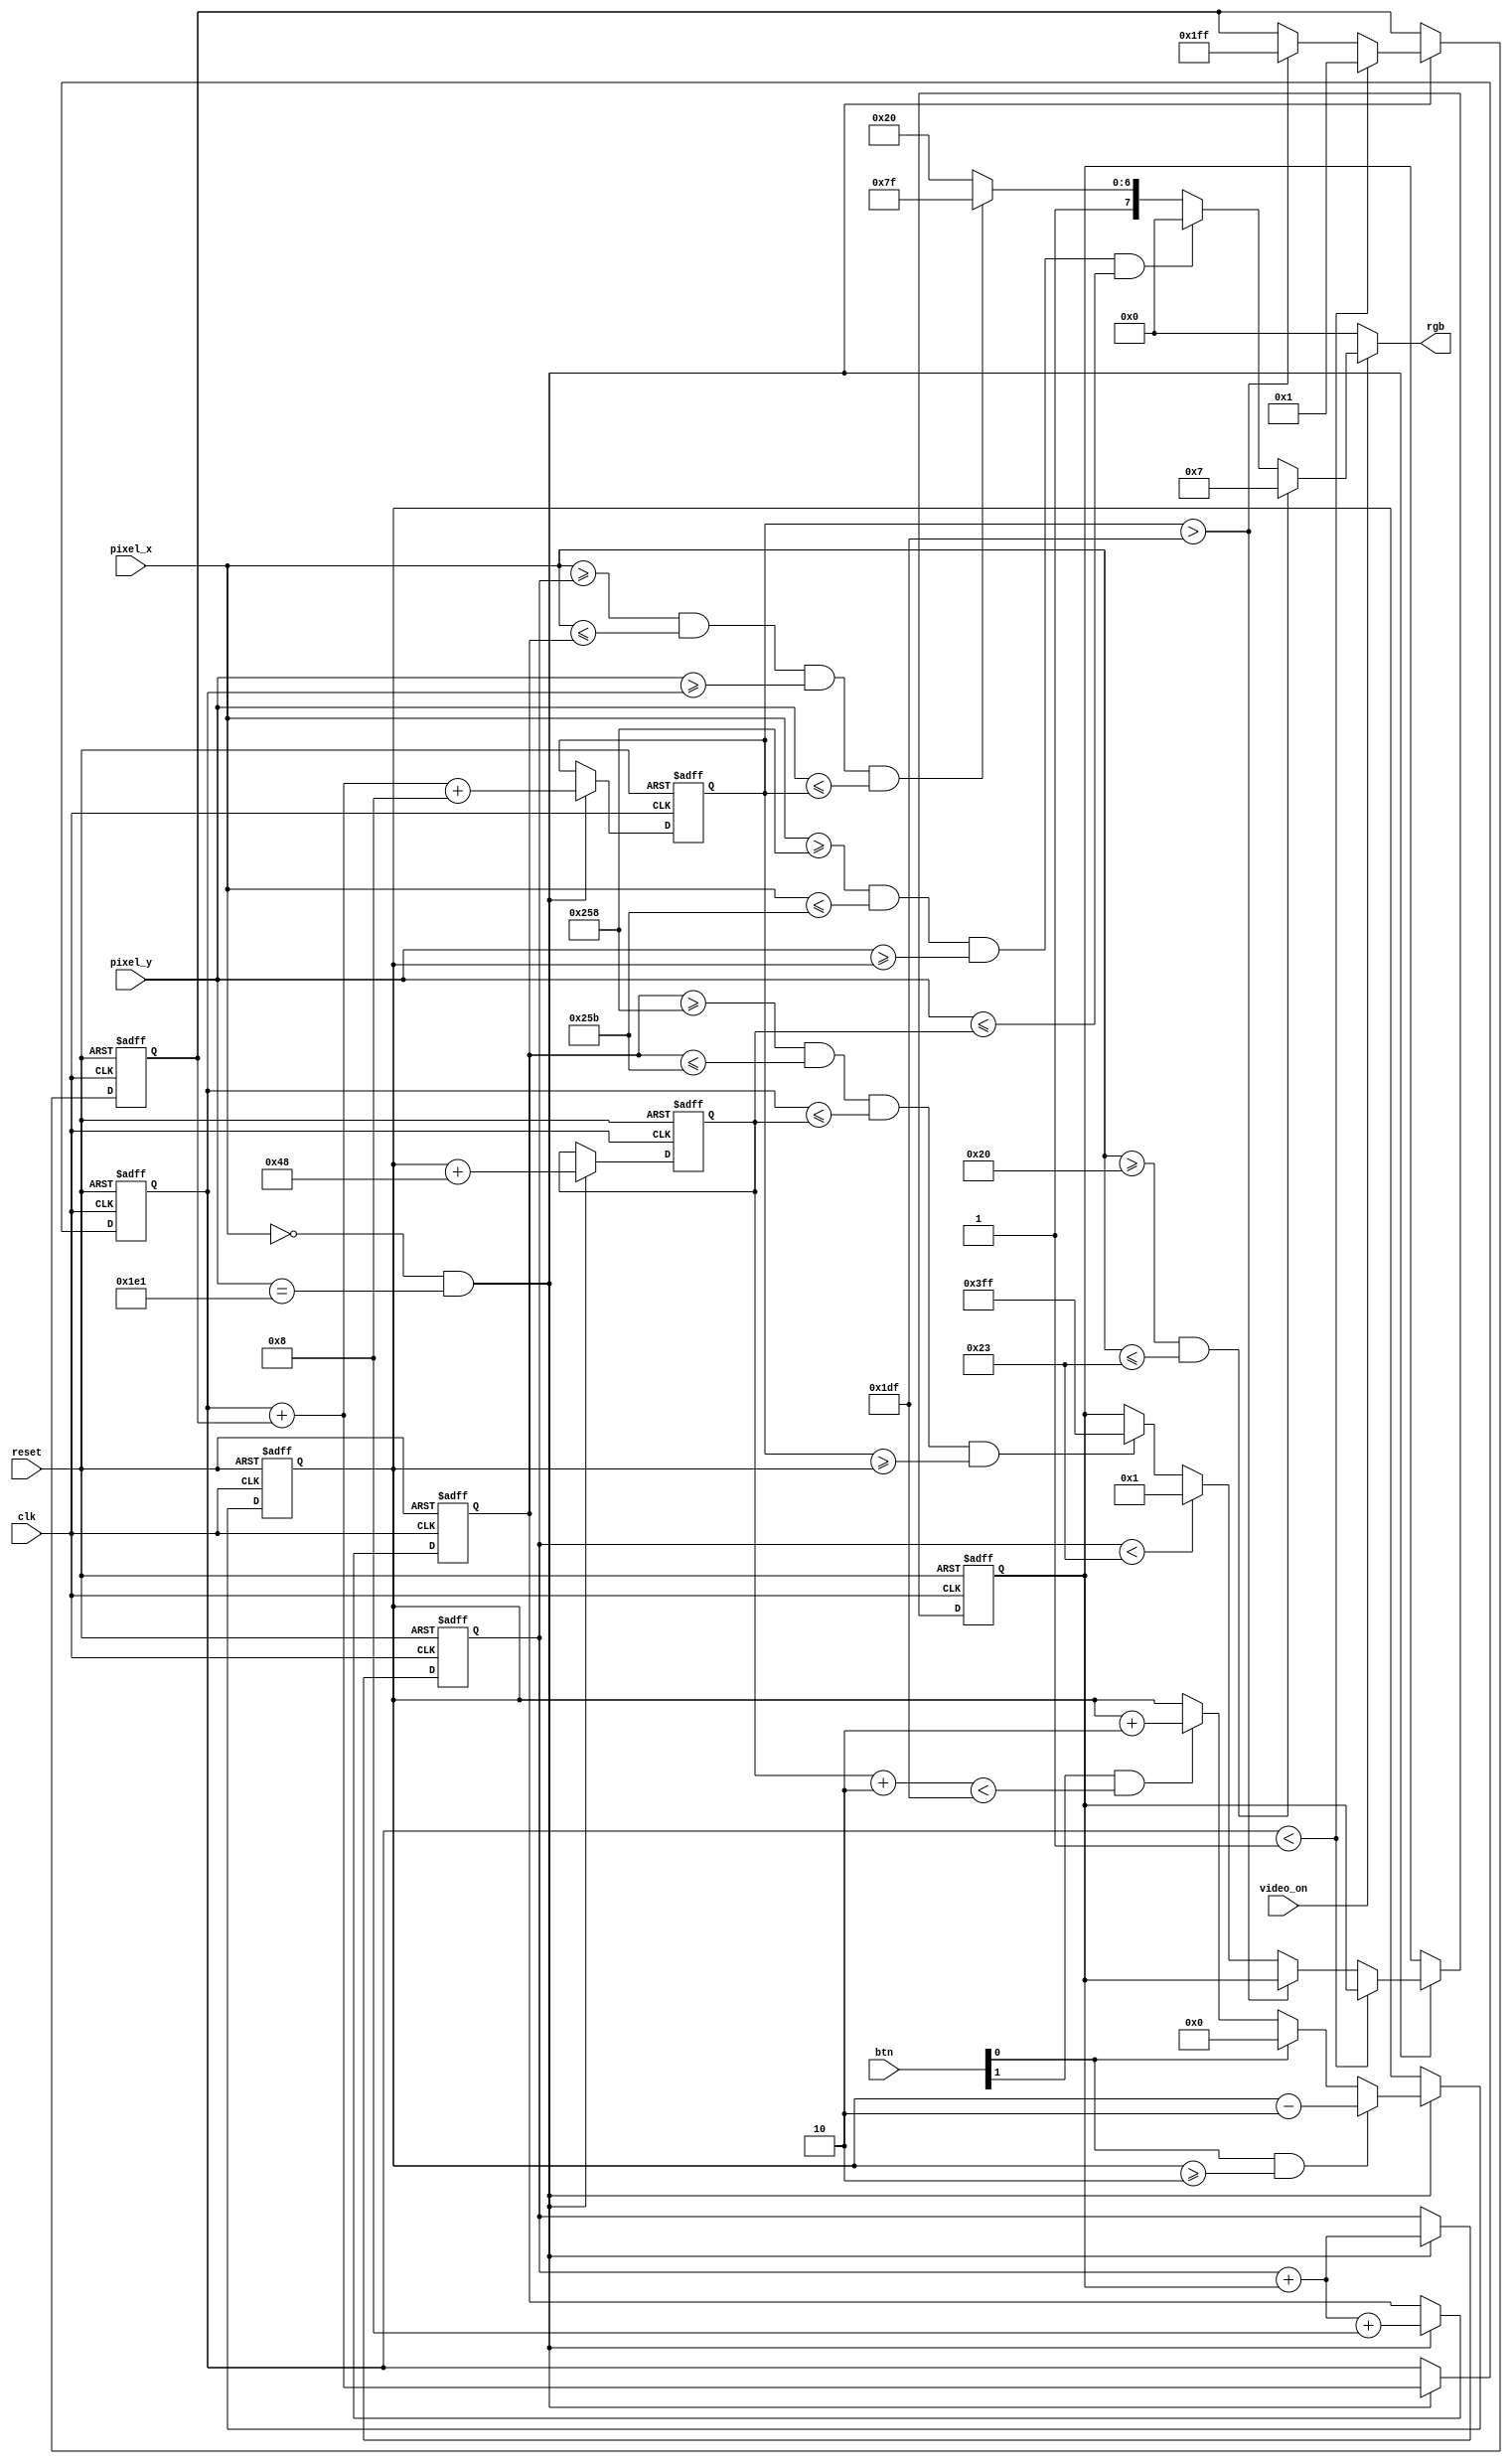
`timescale 1ns / 1ps
//*****************************************************************************//
//    This document contains information proprietary to the                    //
//    CSULB student that created the file - any reuse without                  //
//    adequate approval and documentation is prohibited                        //
//                                                                             //
//    Class:         CECS360 Integrated Circuits Design                        //
//    Project name:  VGA_Controller                                            //
//                                                                             //
//    Created by Chanartip Soonthornwan on November 6, 2017.                   //
//    Copyright @ 2017 Chanartip Soonthornwan. All rights reserved.            //
//                                                                             //
//    Abstract:      Generate Color for objects in their regions from          //
//                   xy-coordinate(pixel_x, pixel_y) when video_on             //
//                   signal is active.                                         //
//                                                                             //
//    In submitting this file for class work at CSULB                          //
//    I am confirming that this is my work and the work                        //
//    of no one else.                                                          //
//                                                                             //
//    In the event other code sources are utilized I will                      //
//    document which portion of code and who is the author                     //
//                                                                             //
//    In submitting this code I acknowledge that plagiarism                    //
//    in student project work is subject to dismissal from the class           //
//                                                                             //
//*****************************************************************************//
module Pixel_Gen(clk, reset, pixel_x, pixel_y, video_on, btn, rgb);

   input               clk, reset;        // clock and reset signal
   input               video_on;          // vid_on
   input        [1:0]  btn;               // ButtonUp[0] and ButtonDown[1]
   input        [9:0]  pixel_x, pixel_y;  // xy-coordinates
   output  reg  [7:0]  rgb;               // Color outputs
     
   wire        ref_tick;   // reference tick (60Hz)
   
   // Check if pixel_xy in their boundaries
   wire        wall_on,  bar_on,  ball_on; 
   // Color to assign on RGB   
   wire  [7:0] wall_rgb, bar_rgb, ball_rgb, bg_rgb;  

   // Bar_Top and Bottom boundary
   reg   [8:0] bar_T,       bar_B;          
     
   // Ball Boundaries
   reg   [9:0] ball_L,      ball_R; 
   reg   [8:0] ball_T,      ball_B;
   // Registers to updating Ball's xy position
   reg   [9:0] ball_X;      
   reg   [8:0] ball_Y;
   reg   [9:0] delta_x;     
   reg   [8:0] delta_y;
    
   /****************************************
    *         P A R A M E T E R S          *
    ****************************************/
   parameter
      // (x,y) coordinate (0,0) to (639, 479)
      MAX_X = 10'd640, MAX_Y = 10'd480,
   
      // Wall object defined variable
      WALL_L = 10'd32, WALL_R = 10'd35,              // LEFT-RIGHT
      
      // Bar object defined variable
      BAR_T_RST = 10'd204, BAR_B_RST = 10'd276,        // TOP-BOTTOM at reset
      BAR_L = 10'd600, BAR_R = 10'd603,              // LEFT-RIGHT
      BAR_V = 10'd2,                                  // Bar Velocity
      BAR_SIZE  = 10'd72,                             // Bar's y size
      
      // Ball object defined variable
      BALL_L_RST = 10'd580, BALL_R_RST = 10'd588,    // LEFT-RIGHT at reset
      BALL_T_RST = 10'd238,  BALL_B_RST = 10'd246,     // TOP-BOTTOM at reset
      BALL_P_V  = 10'd1, BALL_N_V = -BALL_P_V,        // Ball Velocity  
      BALL_SIZE = 10'd8,                              // Size of Ball

      // Color codes
      // RGB = BBGGGRRR
      BLACK  = 8'b00_000_000,   BLUE    = 8'b11_000_000,   
      GREEN  = 8'b00_111_000,   CYAN    = 8'b11_111_000,   
      RED    = 8'b00_000_111,   MAGENTA = 8'b11_000_111,   
      YELLOW = 8'b00_111_111,   WHITE   = 8'b11_111_111,    
      D_GREEN= 8'b10_100_000;
      
      
   // Reference tick
   //    will tick on screen refresh rate (60Hz)
   //    note: Since pixel_x and pixel_y updated by
   //          25MHz in VGA_Sync, ref_tick will be updated
   //          every 25MHz/(800*525) = 59.5Hz
   assign ref_tick = (pixel_x == 0) & (pixel_y == 481);

   // Update Bar
   //    At reset, set bar top and bottom at their origins.
   //    On each frame, if a button is pressed,
   //       move the bar on the button's direction.
   always @ (posedge clk, posedge reset)
      if(reset) begin
         // Reset Bar Position
            bar_T   <= BAR_T_RST;           
            bar_B   <= BAR_B_RST;
      end
      else if(ref_tick) 
         begin
            if(btn[0] & (bar_T >= BAR_V)) // button up & not hit the top
               bar_T <= bar_T - BAR_V;
            else                          // hit the top
            if(btn[0])
               bar_T <= 0;
            else                          // button down & not hit the bottom
            if(btn[1] & (bar_B + BAR_V < MAX_Y-1))
               bar_T <= bar_T + BAR_V;
                
            // updating bar_bottom
            bar_B <= bar_T + BAR_SIZE;
            
         end
         
   // Update Ball
   //    At reset, set ball at its origin.
   //    On each frame, ball moves in x and y direction
   //    with a constant velocity.
   always @ (posedge clk, posedge reset)
      if(reset) begin
         // Reset Ball Positions
         ball_L  <= BALL_L_RST;
         ball_R  <= BALL_R_RST;
         ball_T  <= BALL_T_RST;
         ball_B  <= BALL_B_RST;
         // Reset Ball Velocities
         delta_x <= BALL_N_V;
         delta_y <= BALL_N_V;
      end
      else if(ref_tick) 
         begin
            if(ball_T < 1)                   // If ball hits top,
               delta_y <= BALL_P_V;          //    velocity becomes positive.
            else
            if(ball_B > MAX_Y -1)            // If ball hits bottom,
               delta_y <= BALL_N_V;          //    velocity becomes negative.
            else
            if(ball_L < WALL_R)              // If ball hits the wall,
               delta_x <= BALL_P_V;          //    velocity becomes positive.
            else        
            if(ball_R >= BAR_L   &           // If ball hit the bar
               ball_R <= BAR_R   &           //    velocity becomes negative.
               ball_T <= bar_B   &
               ball_B >= bar_T
               )
               delta_x <= BALL_N_V;
               
            // Update ball boundaries
            ball_T <= ball_T + delta_y;
            ball_B <= ball_T + delta_y + BALL_SIZE;
            ball_L <= ball_L + delta_x;
            ball_R <= ball_L + delta_x + BALL_SIZE;
             
         end

   // Check if pixel_x and pixel_y fall into an object's region
   //    Then assign the region's color to rgb output
   assign wall_on = ( pixel_x >= WALL_L & 
                      pixel_x <= WALL_R 
                     );
                     
   assign bar_on  = ( pixel_x >= BAR_L  & 
                      pixel_x <= BAR_R  &
                      pixel_y >= bar_T  & 
                      pixel_y <= bar_B  
                     );
                      
   assign ball_on = ( pixel_x >= ball_L & 
                      pixel_x <= ball_R &
                      pixel_y >= ball_T & 
                      pixel_y <= ball_B 
                     );
  
   // Assign each object's color
   assign wall_rgb = RED;
   assign bar_rgb  = BLACK;
   assign ball_rgb = WHITE;
   assign bg_rgb   = D_GREEN;
   
   // Updating colors on the screen
   always @ (*) begin
      if(~video_on)
         rgb = BLACK;                        // blank
      else 
         if(wall_on) rgb = wall_rgb;   else  // wall
         if(bar_on)  rgb = bar_rgb;    else  // bar
         if(ball_on) rgb = ball_rgb;   else  // ball
                     rgb = bg_rgb;           // background
   end
 
endmodule